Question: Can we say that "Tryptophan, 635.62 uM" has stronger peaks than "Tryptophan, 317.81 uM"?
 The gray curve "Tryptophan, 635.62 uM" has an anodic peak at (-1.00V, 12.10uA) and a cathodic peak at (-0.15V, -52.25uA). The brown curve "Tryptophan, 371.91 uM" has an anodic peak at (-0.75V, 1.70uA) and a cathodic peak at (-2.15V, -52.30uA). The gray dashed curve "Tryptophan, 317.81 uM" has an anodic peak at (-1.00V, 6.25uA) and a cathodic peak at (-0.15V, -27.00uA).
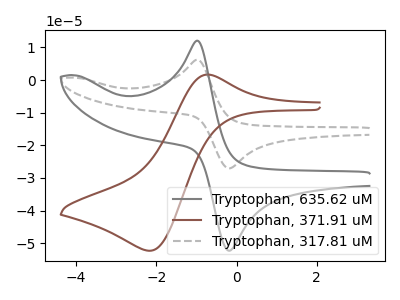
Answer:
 <answer>Every peak in "Tryptophan, 635.62 uM" is higher than every peak in "Tryptophan, 317.81 uM".</answer>
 <eval>higher</eval>